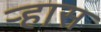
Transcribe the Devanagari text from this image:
ऱ्हास